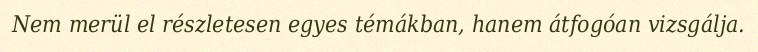
Nem merül el részletesen egyes témákban, hanem átfogóan vizsgálja.